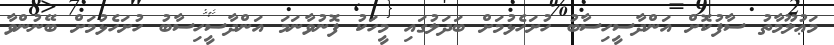
މަޢުލޫމާތު ސާފުކޮށް އަންދާސީހިސާބު ހުށަހެޅުމަށް ބަދަލުގައި މީހަކު ފޮނުވާނަމަ އަންދާސީހިސާބު ހުށަހެޅުމަށް ބޭނުންވާ